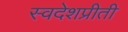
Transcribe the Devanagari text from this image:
स्वदेशप्रीती